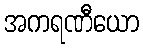
အကရဏီယော